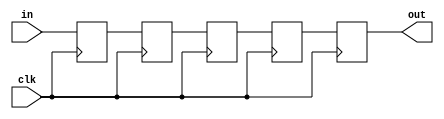
module delay_line(out, in, clk);
  
  /*assign values to Parameters
  L = number of samples of delay
  b = number of bits of single sample
  */
  parameter L=4;
  parameter b=8;

  /*Port declarations
  Input and output of the delay line are 8 bit values
  Clock is one bit value*/
  input wire[7:0] in;
  input wire clk;
  output reg[7:0] out;
  
  /*Datatype declarations
  array called 'a' of size L where each element of array is 8  bit value*/
  /*integer variable which will be used in the for loop as counter*/
  reg [7:0]a[L-1:0];
  
         
  
  /*Initial block
   Initialise all elements of array 'a' to zero
   Initialise output to zero*/
  
  integer i;
   initial begin
     out = 0;
     for (i=0;i<L;i=i+1) begin
       a[i]=0;
    end
end

  always @(negedge clk) begin
   /* Assign last element of array 'a' to output out
    Shift all elements of array one position towards higher   index
    Assign input to first element of array 'a' */
    out = a[L-1];
    for (i=L-1;i>0;i=i-1) begin
      a[i]=a[i-1];
    end
    
    a[0]=in;
    
  end
  
endmodule